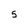
Character: 5